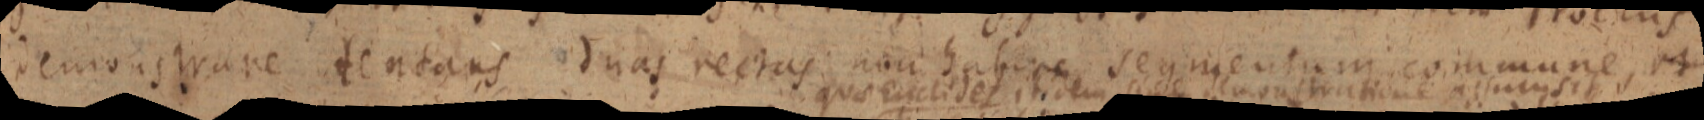
demonstrare tentans duas rectas non habere segmentum commune, ut